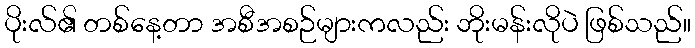
ပိုးလ်၏ တစ်နေ့တာ အစီအစဉ်များကလည်း ဘိုးမန်းလိုပဲ ဖြစ်သည်။